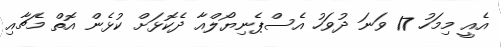
އެއީ މިމަހު 17 ވަނަ ދުވަހު އެސްޕެނިޔޯލްއާ ދެކޮޅަށް ކުޅެން އޮތް މެޗާއި